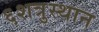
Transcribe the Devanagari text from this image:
६शत्रुस्थान